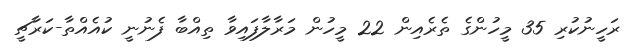
ރަހީނުކުރި 35 މީހުންގެ ތެރެއިން 22 މީހުން މަރާލާފައިވާ ތިއްބާ ފެނުނީ ކުއެއްތާ-ކަރާޗީ